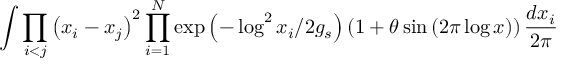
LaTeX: \int \prod _ { i < j } \left( x _ { i } - x _ { j } \right) ^ { 2 } \prod _ { i = 1 } ^ { N } \exp \left( - \log ^ { 2 } x _ { i } / 2 g _ { s } \right) \left( 1 + \theta \sin \left( 2 \pi \log x \right) \right) \frac { d x _ { i } } { 2 \pi }